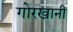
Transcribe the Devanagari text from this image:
गोरखानी